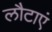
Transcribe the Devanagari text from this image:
लौटाएं